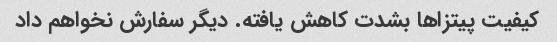
کیفیت پیتزاها بشدت کاهش یافته. دیگر سفارش نخواهم داد